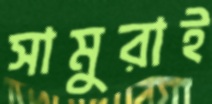
সামুরাই